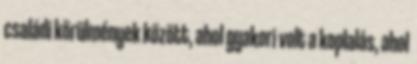
családi körülmények között, ahol gyakori volt a koplalás, ahol